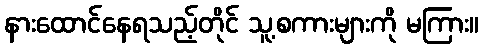
နားထောင်နေရသည့်တိုင် သူ့စကားများကို မကြား။